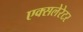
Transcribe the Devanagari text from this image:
एक्सलेरेटर